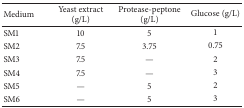
<table><thead><tr><td><b>Medium</b></td><td><b>Yeast extract (g/L)</b></td><td><b>Protease-peptone (g/L)</b></td><td><b>Glucose (g/L)</b></td></tr></thead><tbody><tr><td>SM1</td><td>10</td><td>5</td><td>1</td></tr><tr><td>SM2</td><td>7.5</td><td>3.75</td><td>0.75</td></tr><tr><td>SM3</td><td>7.5</td><td>—</td><td>2</td></tr><tr><td>SM4</td><td>7.5</td><td>—</td><td>3</td></tr><tr><td>SM5</td><td>—</td><td>5</td><td>2</td></tr><tr><td>SM6</td><td>—</td><td>5</td><td>3</td></tr></tbody></table>